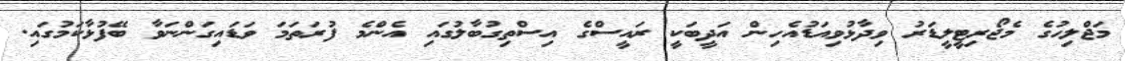
މަޖްލިހުގެ މެޖޯރިޓީލީޑަރު ވިދާޅުވިއަޑުއެހިން އަދީބަކީ ރައީސްގެ އިސްތިގުބާލުގައި އެންމެ ފުރަތަމަ ވަޑައިގަންނަވާ ބޭފުޅާކަމުގައި.